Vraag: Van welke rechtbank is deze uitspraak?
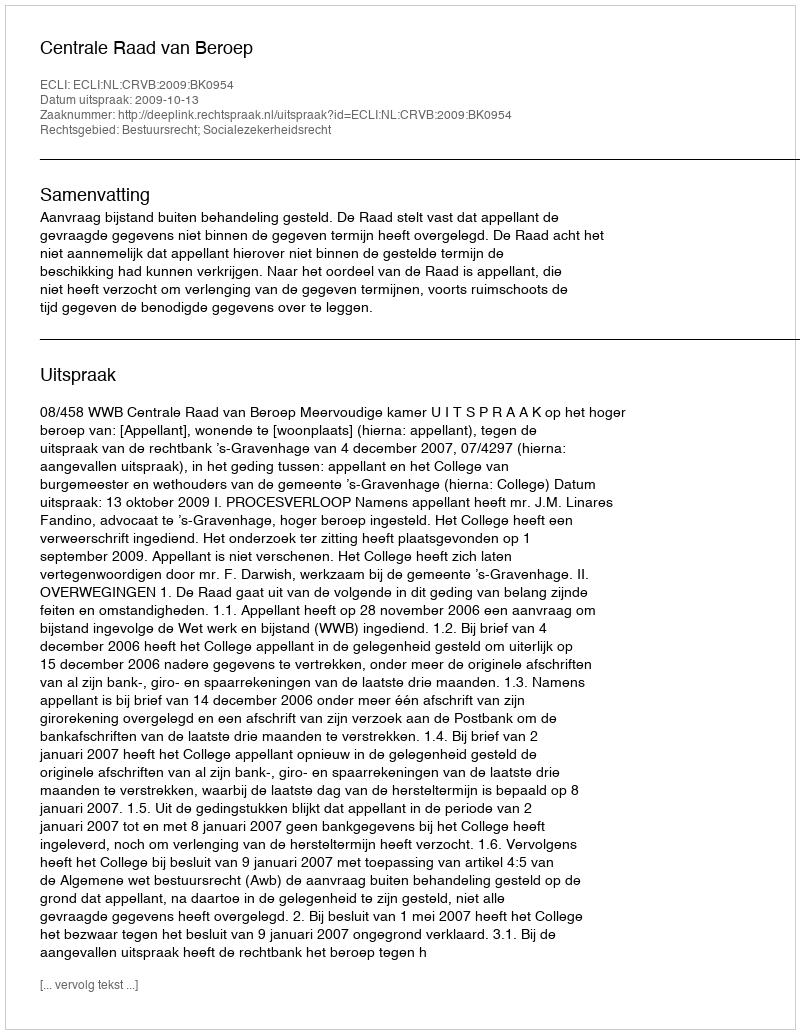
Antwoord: Centrale Raad van Beroep